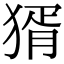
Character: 𤟠